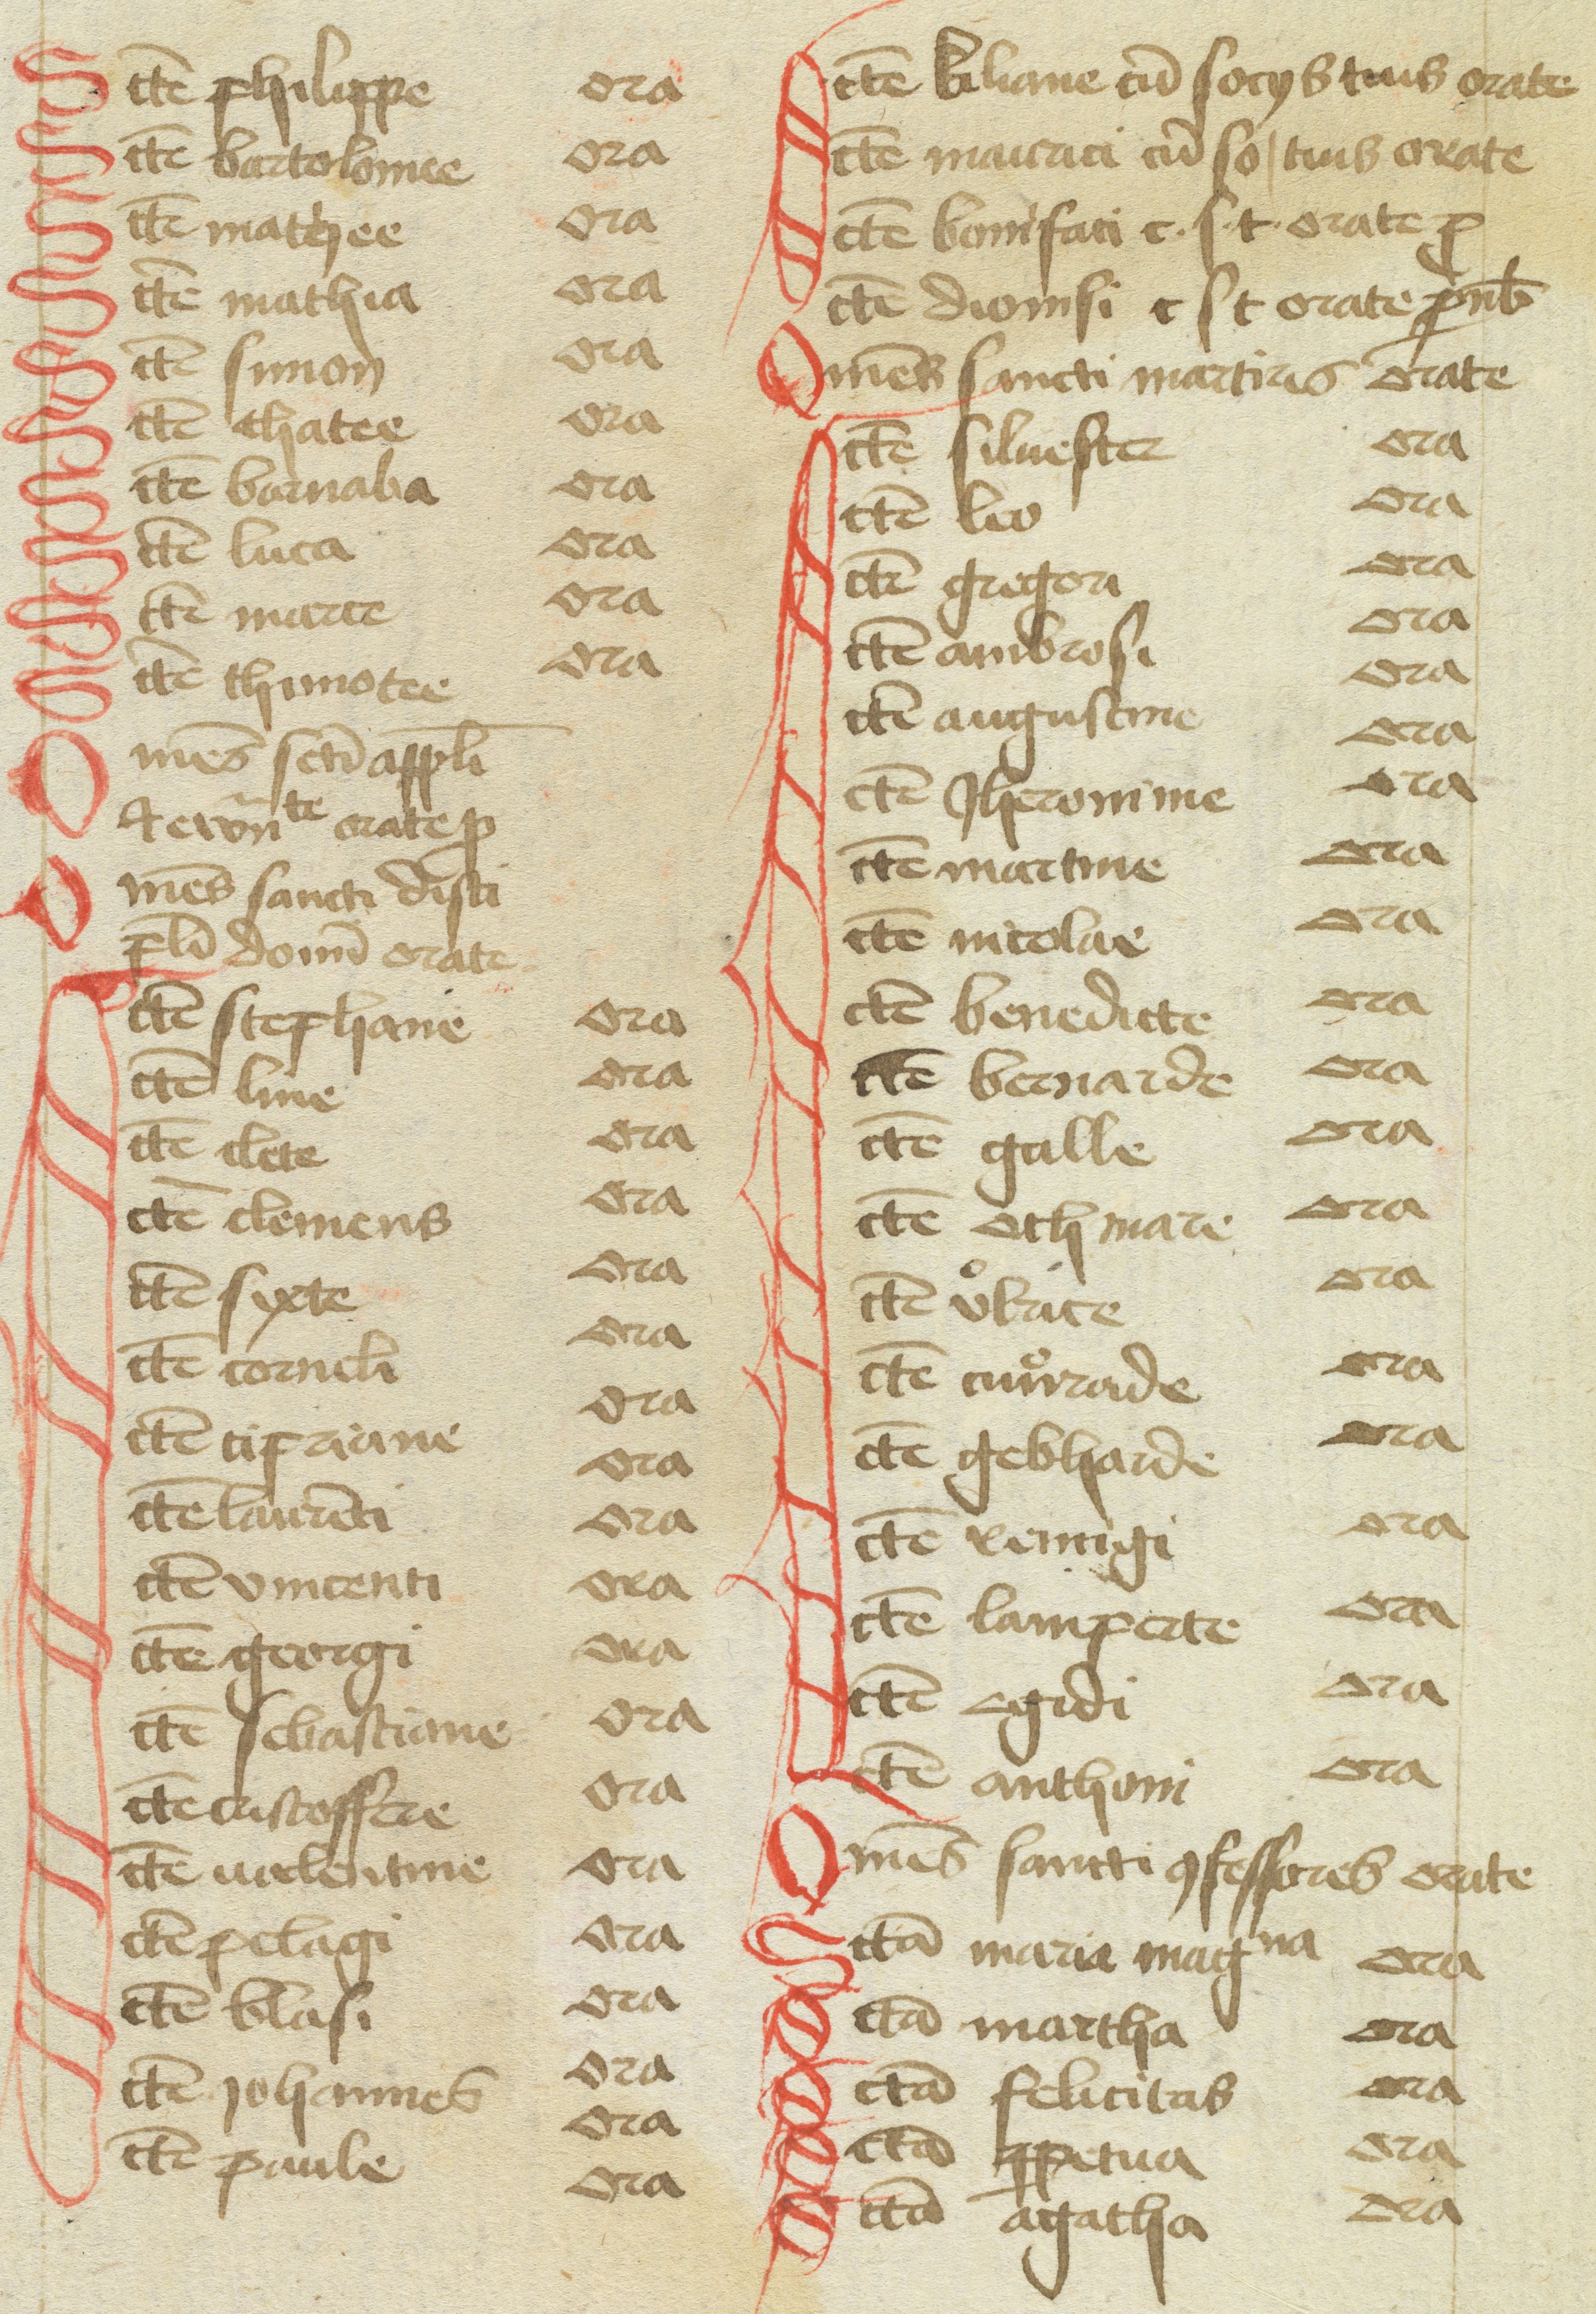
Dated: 1477–1487